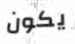
يكون